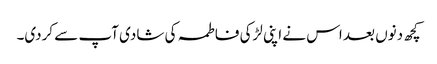
کچھ دنوں بعد اس نے اپنی لڑکی فاطمہ کی شادی آپ سے کردی۔